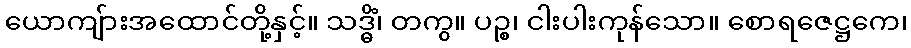
ယောကျ်ားအထောင်တို့နှင့်။ သဒ္ဓိံ၊ တကွ။ ပဉ္စ၊ ငါးပါးကုန်သော။ စောရဇေဋ္ဌကေ၊